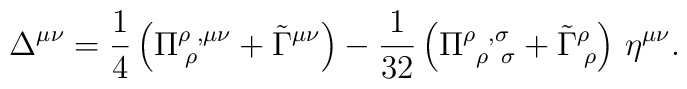
\Delta ^{\mu \nu }=\frac 14\left(\Pi_{\;\rho }^{\rho \;,\mu\nu }+\tilde \Gamma ^{\mu \nu }\right) -{\frac 1{32}}\left(\Pi^{\rho\;\; ,\sigma}_{\;\;\rho\;\;\sigma}+\tilde\Gamma^\rho_{\;\rho}\right)\,\eta^{\mu\nu} .